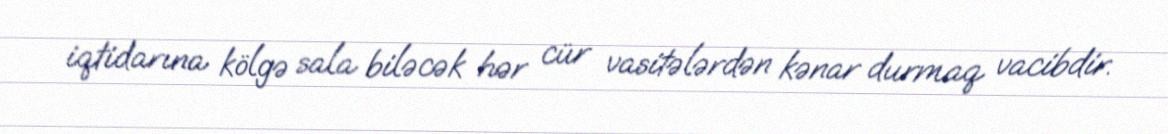
iqtidarına kölgə sala biləcək hər cür vasitələrdən kənar durmaq vacibdir.